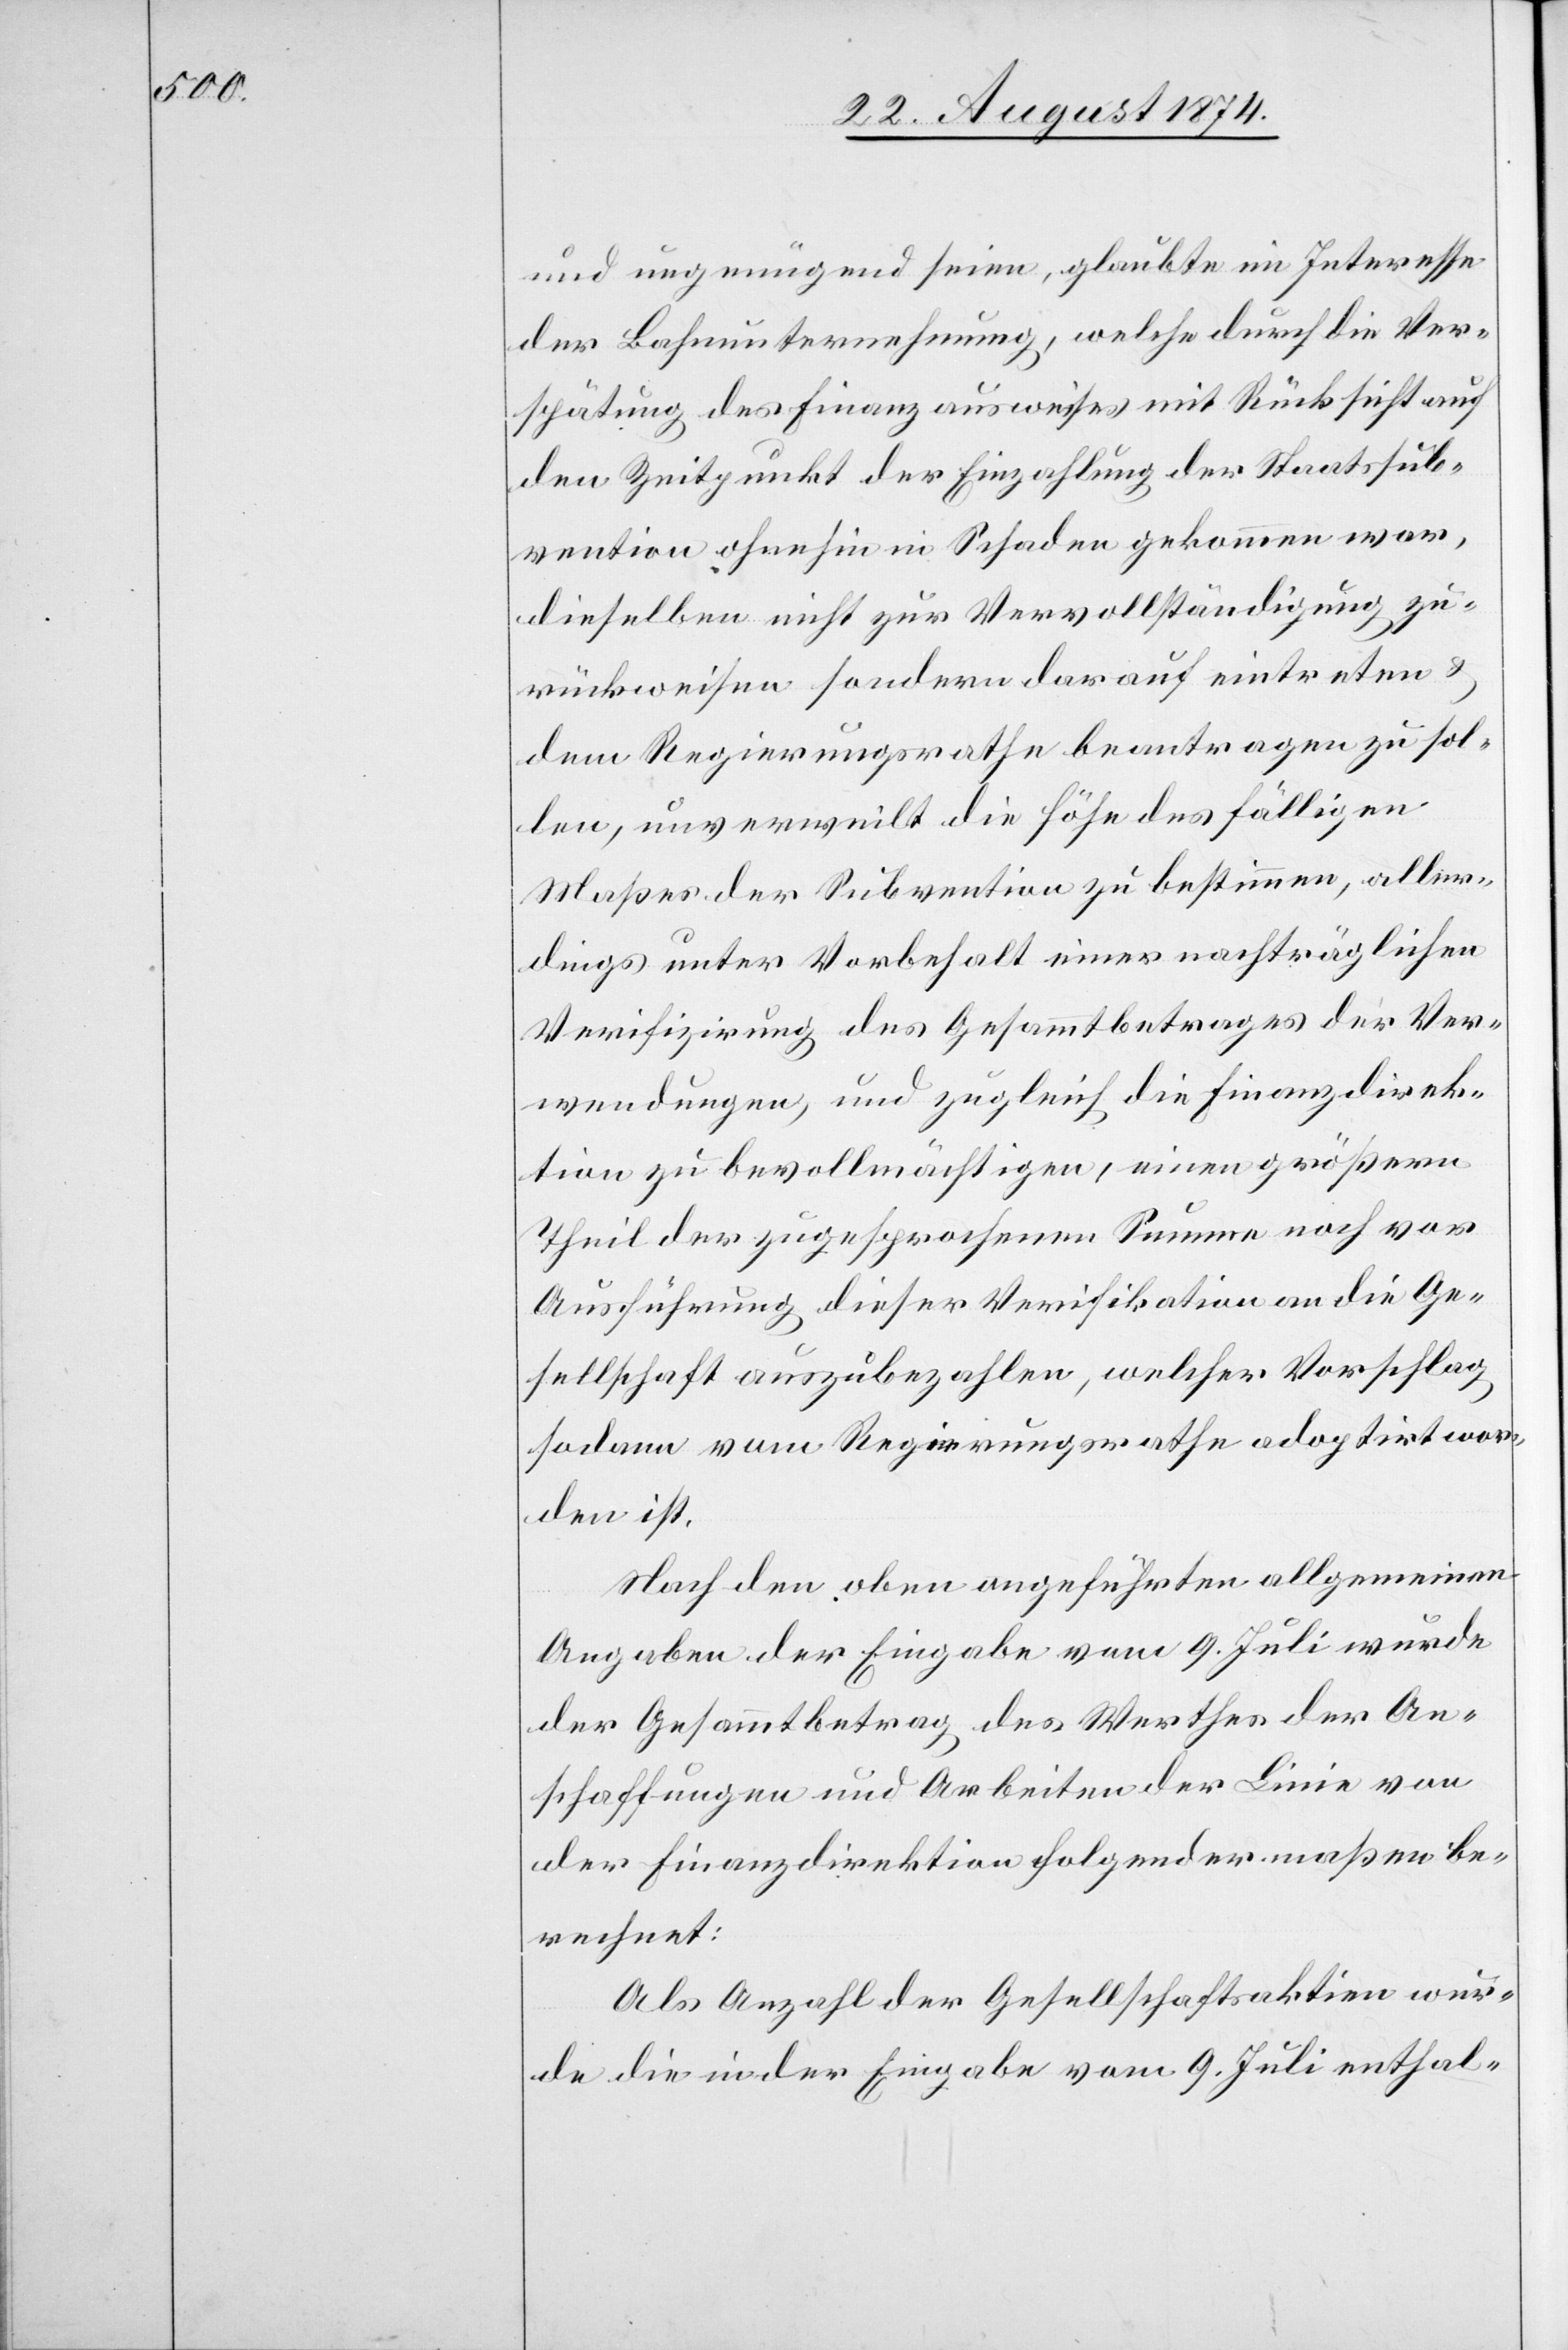
und ungenügend seien, glaubte im Interesse
der Bahnunternehmung, welche durch die Ver¬
spätung des Finanzausweises mit Rücksicht auf
den Zeitpunkt der Einzahlung der Staatssub¬
vention ohnehin in Schaden gekommen war,
dieselben nicht zur Vervollständigung zu¬
rückweisen sondern darauf eintreten u.
dem Regierungsrathe beantragen zu sol¬
len, unverweilt die Höhe des fälligen
Maßes der Subvention zu bestimmen, aller¬
dings unter Vorbehalt einer nachträglichen
Verifizirung des Gesammtbetrages der Ver¬
wendungen, und zugleich die Finanzdirek¬
tion zu bevollmächtigen einen größern
Theil der zugesprochenen Summe noch vor
Ausführung dieser Verifikation an die Ge¬
sellschaft auszubezahlen, welcher Vorschlag
sodann vom Regierungsrathe adoptirt wor¬
den ist.
Nach den oben angeführten allgemeinen
Angaben der Eingabe vom 9. Juli wurde
der Gesammtbetrag des Werthes der An¬
schaffungen und Arbeiten der Linie von
der Finanzdirektion folgendermaßen be¬
rechnet:
Als Anzahl der Gesellschaftsaktien wur¬
de die in der Eingabe vom 9. Juli enthal-